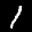
Label: 1